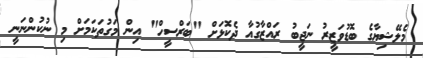
މެލޭޝިޔާގެ ބޮޑުވަޒީރު ނަޖީބު ރައްޒާގުއާ ދެކޮޅަށް "ބަރްސީހް" އިން މަގުތަކަމަށް މި ނުކުންނަނީ